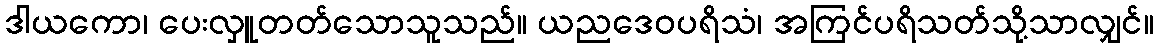
ဒါယကော၊ ပေးလှူတတ်သောသူသည်။ ယညဒေဝပရိသံ၊ အကြင်ပရိသတ်သို့သာလျှင်။